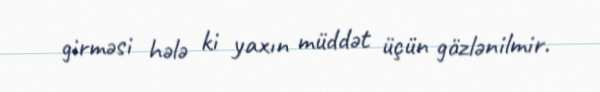
girməsi hələ ki yaxın müddət üçün gözlənilmir.